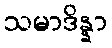
သမာဒိန္နာ